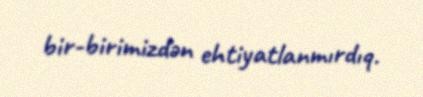
bir-birimizdən ehtiyatlanmırdıq.